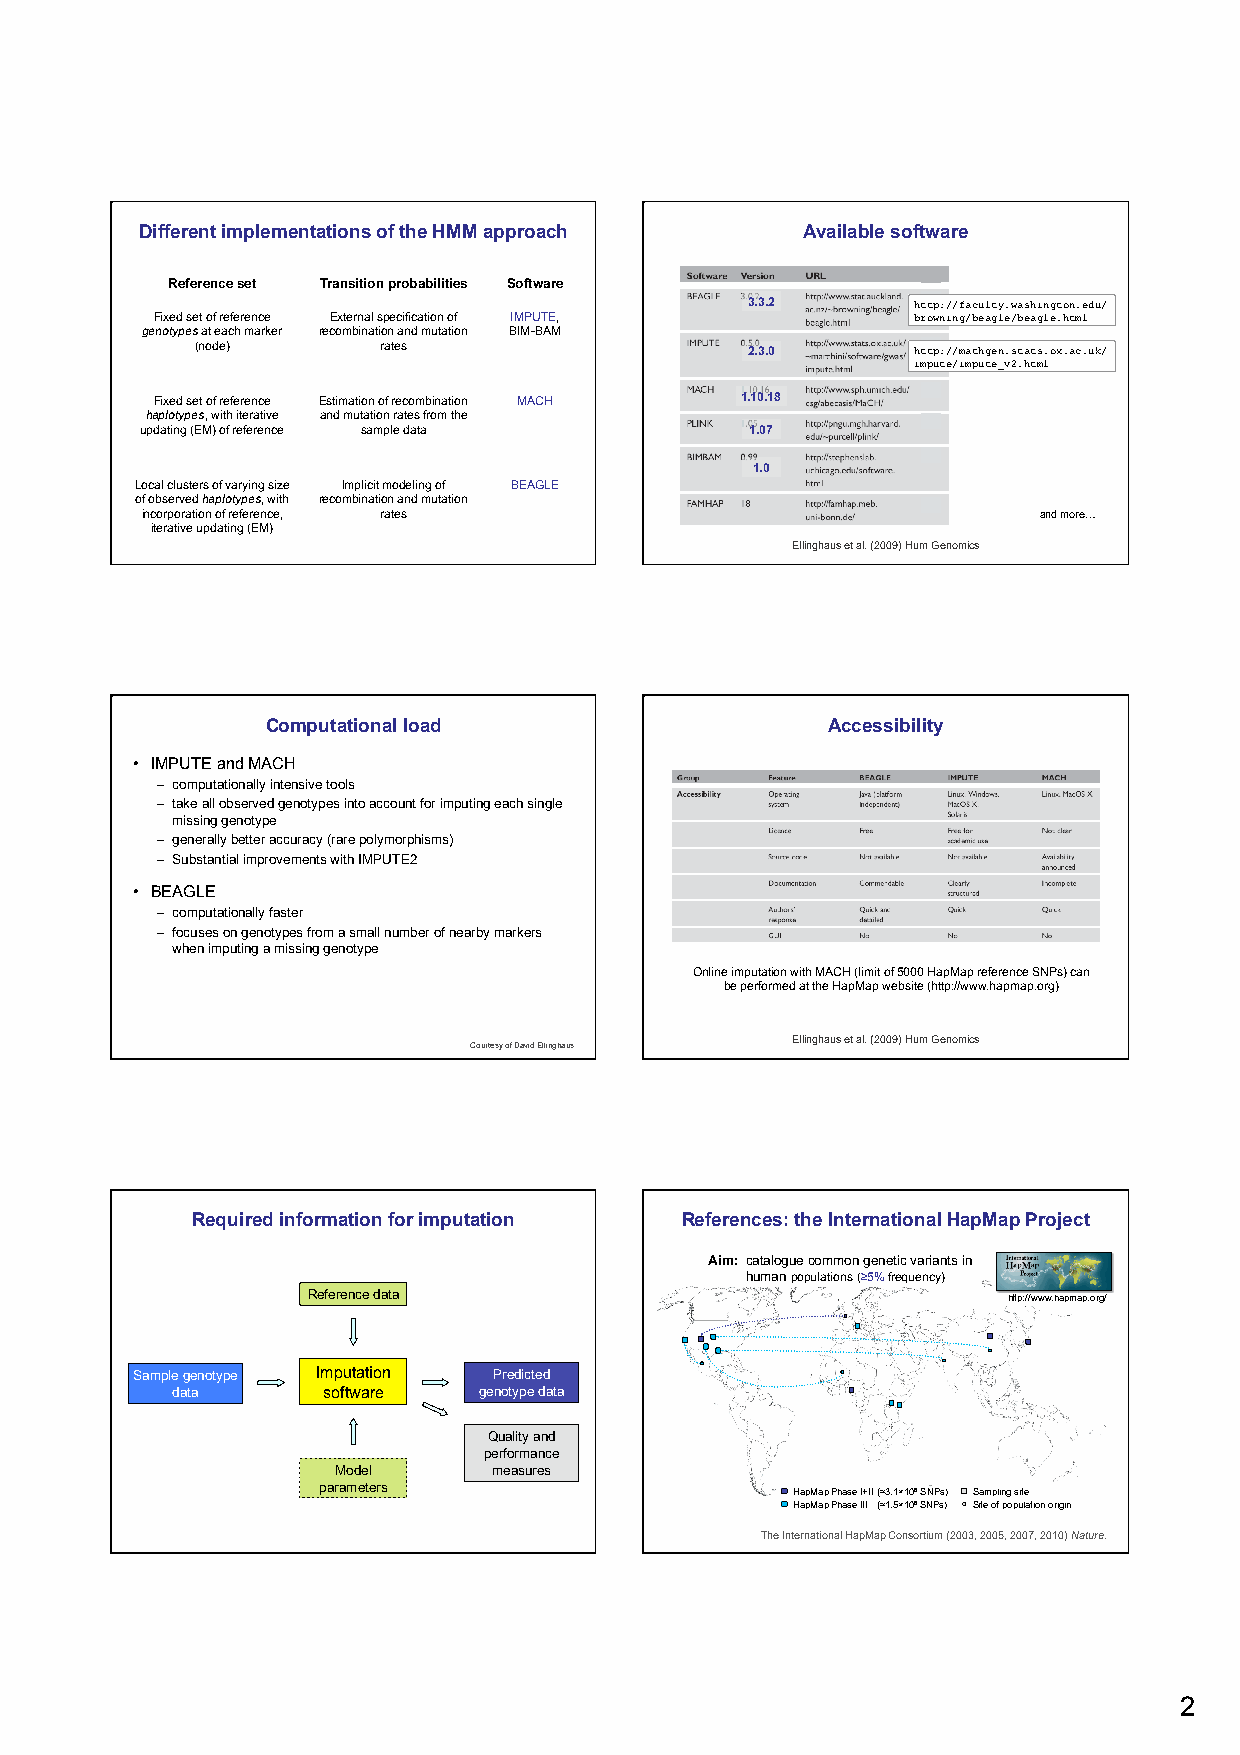
Different implementations of the HMM approach Available software
 Reference set Transition probabilities Software
 3.3.2      http://faculty.washington.edu/
 Fixed set of reference External specification of IMPUTE, browning/beagle/beagle.html
 genotypes at each marker recombination and mutation BIM-BAM
 (node)      rates                   2.3.0      http://mathgen.stats.ox.ac.uk/
 impute/impute_v2.html
 Fixed set of reference Estimation of recombination MACH 1.10.18
 haplotypes, with iterative and mutation rates from the
 updating (EM) of reference sample data   1.07
 1.0
 Local clusters of varying size Implicit modeling of BEAGLE
 of observed haplotypes, with recombination and mutation
 incorporation of reference, rates                           and more…
 iterative updating (EM)
 Ellinghaus et al. (2009) Hum Genomics
 Computational load                   Accessibility
 • IMPUTE and MACH
 – computationally intensive tools
 – take all observed genotypes into account for imputing each single
 missing genotype
 – generally better accuracy (rare polymorphisms)
 – Substantial improvements with IMPUTE2
 • BEAGLE
 – computationally faster
 – focuses on genotypes from a small number of nearby markers
 when imputing a missing genotype
 Online imputation with MACH (limit of 5000 HapMap reference SNPs) can
 be performed at the HapMap website (http://www.hapmap.org)
 Ellinghaus et al. (2009) Hum Genomics
 Courtesy of David Ellinghaus
 Required information for imputation References: the International HapMap Project
 Aim: catalogue common genetic variants in
 human populations (≥5% frequency)
 Reference data                                 http://www.hapmap.org/
 Sample genotype Imputation Predicted
 data      software   genotype data
 Quality and
 performance
 Model      measures
 parameters                     HapMap Phase I+II (≈3.1×106 SNPs) Sampling site
 HapMap Phase III (≈1.5×106 SNPs) Site of population origin
 The International HapMap Consortium (2003, 2005, 2007, 2010) Nature.
 2